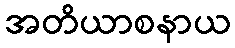
အတိယာစနာယ